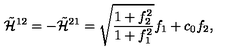
\tilde { { \cal H } } ^ { 1 2 } = - \tilde { { \cal H } } ^ { 2 1 } = \sqrt { \frac { 1 + f _ { 2 } ^ { 2 } } { 1 + f _ { 1 } ^ { 2 } } } f _ { 1 } + c _ { 0 } f _ { 2 } , \nonumber